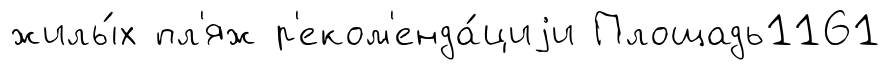
жилы́х пл'яж р'еком'енда́циjи Площадь1161